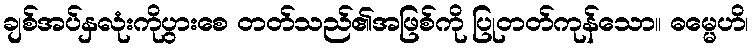
ချစ်အပ်နှလုံးကိုပွားစေ တတ်သည်၏အဖြစ်ကို ပြုတတ်ကုန်သော။ ဓမ္မေဟိ၊